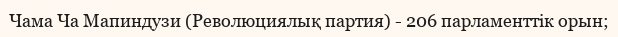
Чама Ча Мапиндузи (Революциялық партия) - 206 парламенттік орын;